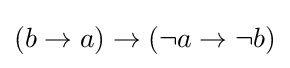
(b\to a)\to (\neg a\to \neg b)